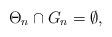
LaTeX: \begin{align*}\Theta_n \cap G_n = \emptyset,\end{align*}